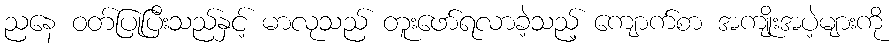
ညနေ ဝတ်ပြုပြီးသည်နှင့် မာလုသည် တူးဖော်ရလာခဲ့သည့် ကျောက်စာ အကျိုးအပဲ့များကို